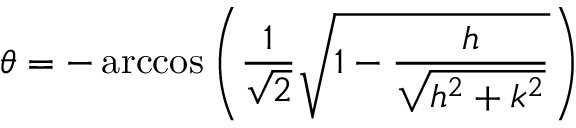
\theta = - \operatorname { a r c c o s } \left( \frac { 1 } { \sqrt { 2 } } \sqrt { 1 - \frac { h } { \sqrt { h ^ { 2 } + k ^ { 2 } } } } \right)